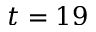
t = 1 9